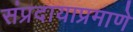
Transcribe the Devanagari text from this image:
संप्रदायाप्रमाणे